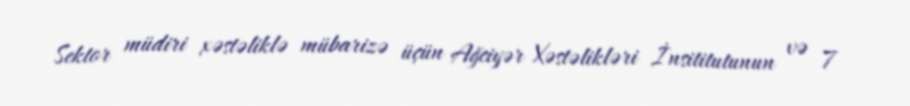
Sektor müdiri xəstəliklə mübarizə üçün Ağciyər Xəstəlikləri İnsititutunun və 7